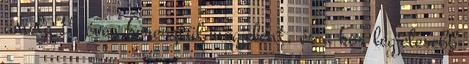
amely 15 éven keresztül megjelent, és a kor legjelesebb